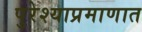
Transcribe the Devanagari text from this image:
पुरेश्याप्रमाणात